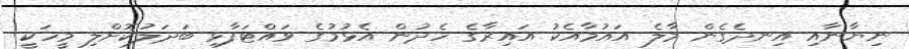
ނިޔާނާއި އިނދެގެން މާލެ އައުމާއެކު އައިރާގެ ހެދުން އެޅުމުގެ ވައްޓަފާޅި ބަދަލުކޮށްލި މީހަކީ